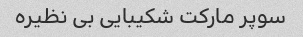
سوپر مارکت شکیبایی بی نظیره